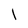
Character: l